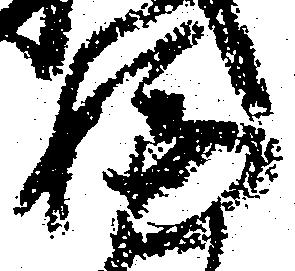
嫌